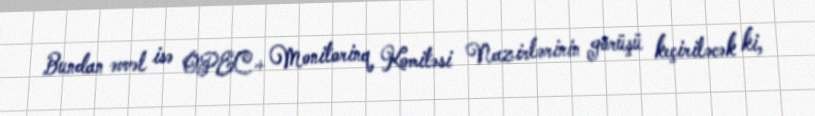
Bundan əvvəl isə OPEC+ Monitorinq Komitəsi Nazirlərinin görüşü keçiriləcək ki,